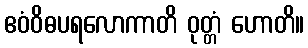
ဧဝံဝိဓပရလောကာတိ ဝုတ္တံ ဟောတိ။